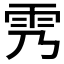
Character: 𲉰